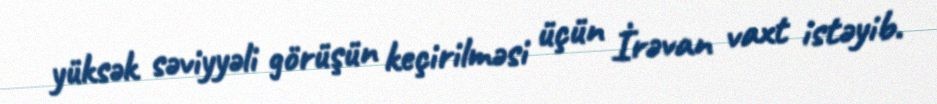
yüksək səviyyəli görüşün keçirilməsi üçün İrəvan vaxt istəyib.